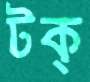
টক্‌